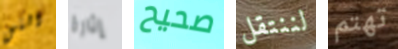
التي إثارة صحيح لننتقل تهتم